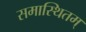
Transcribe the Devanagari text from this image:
समास्थितम्